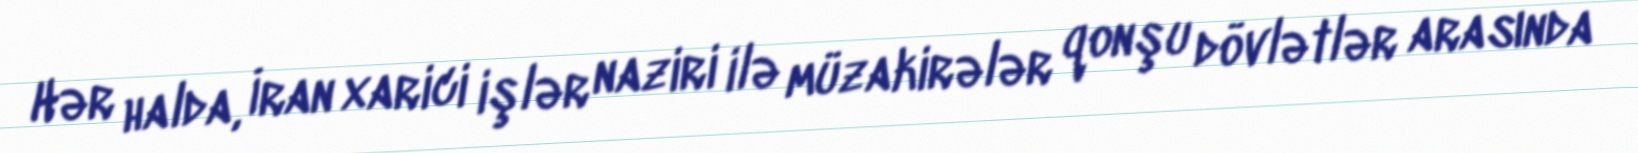
Hər halda, İran xarici işlər naziri ilə müzakirələr qonşu dövlətlər arasında